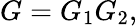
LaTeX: G=G_{1}G_{2},